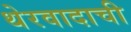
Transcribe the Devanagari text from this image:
थेरवादाची